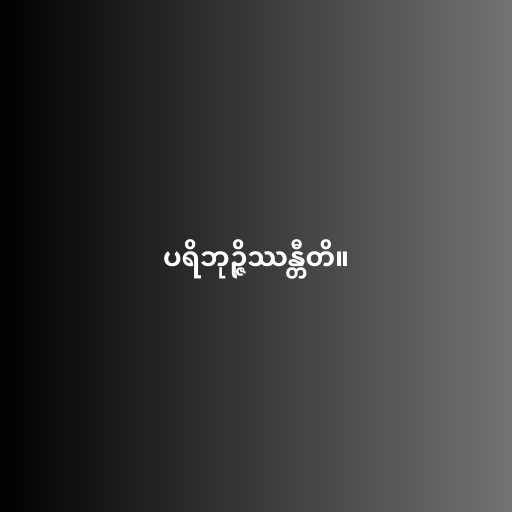
ပရိဘုဉ္ဇိဿန္တီတိ။